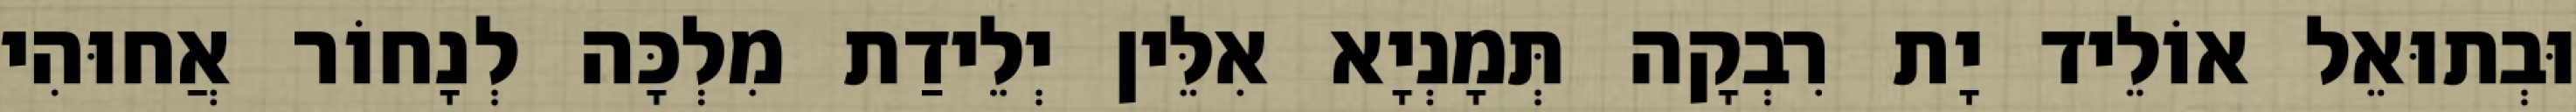
וּבְתוּאֵל אוֹלֵיד יָת רִבְקָה תְּמָנְיָא אִלֵּין יְלֵידַת מִלְכָּה לְנָחוֹר אֲחוּהִי